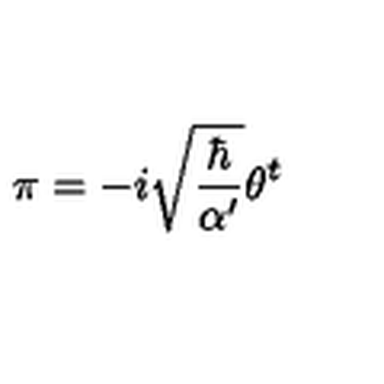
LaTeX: \pi = - i \sqrt { \frac { \hbar } { \alpha ^ { \prime } } } \theta ^ { t }